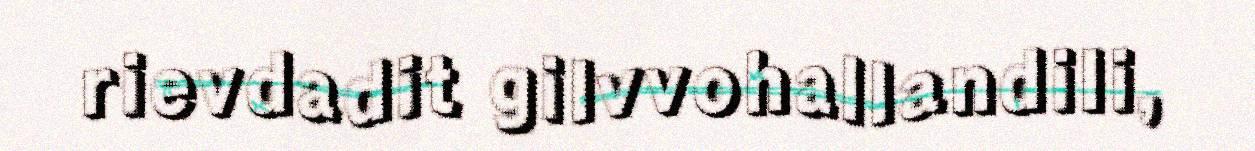
rievdadit gilvvohallandili,